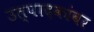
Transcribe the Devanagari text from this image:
उत्पादकांवर